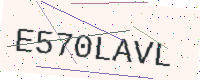
Text: E570LAVL